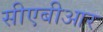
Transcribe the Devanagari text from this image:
सीएबीआर